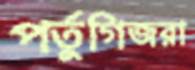
পর্তুগিজরা